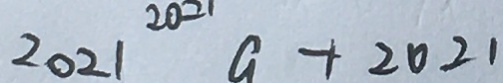
2 0 2 1 ^ { 2 0 2 1 } a + 2 0 2 1